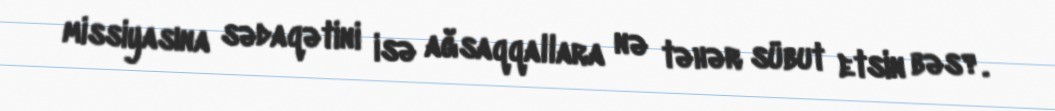
missiyasına sədaqətini isə ağsaqqallara nə təhər sübut etsin bəs?.